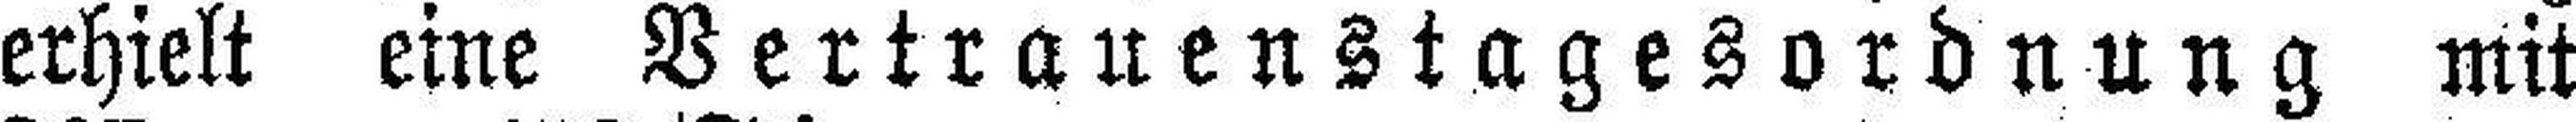
erhielt eine Vertrauenstagesordnung mit